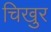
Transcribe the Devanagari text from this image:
चिखुर